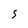
Character: s